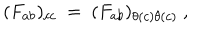
( F _ { a b } ) _ { c c } ~ = ~ ( F _ { a b } ) _ { \theta ( c ) \theta ( c ) } ~ ,